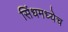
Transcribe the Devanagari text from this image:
सिंधमध्येच